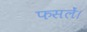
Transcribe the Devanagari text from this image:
फसलें।